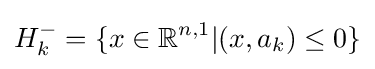
H_{k}^{-}=\{x\in \mathbb {R} ^{n,1}|(x,a_{k})\leq 0\}